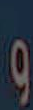
و